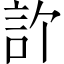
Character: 𬢞